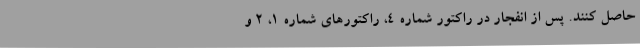
حاصل کنند. پس از انفجار در راکتور شماره ۴، راکتور‌های شماره ۱، ۲ و